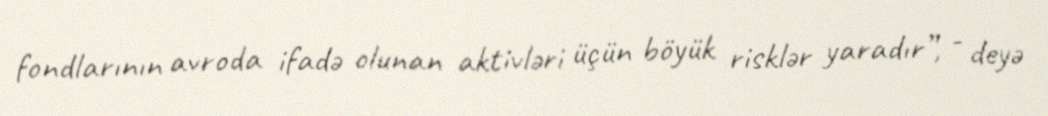
fondlarının avroda ifadə olunan aktivləri üçün böyük risklər yaradır”, - deyə